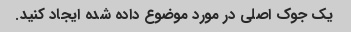
یک جوک اصلی در مورد موضوع داده شده ایجاد کنید.